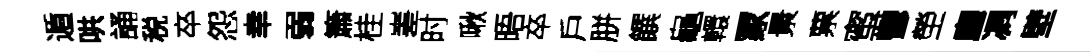
遁哄誦税卒怨幸弱簫桂嵳时啾晤卒戶胼饌龜轘冡㬌票蜜鬱塋廳凋壁